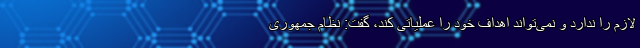
لازم را ندارد و نمی‌تواند اهداف خود را عملیاتی کند، گفت: نظام جمهوری